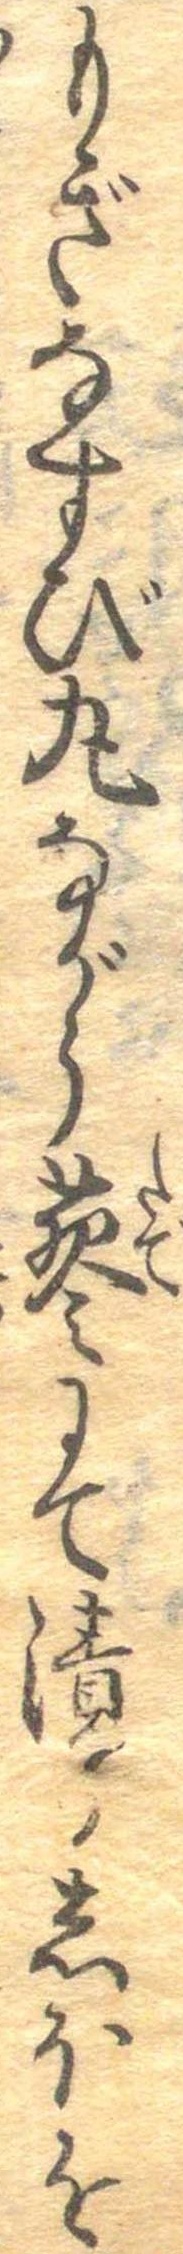
もぎなすび丸ながら蓼にて漬るしほを